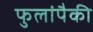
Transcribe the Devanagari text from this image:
फुलांपैकी